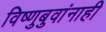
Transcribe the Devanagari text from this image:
विष्णुबुवांनाही